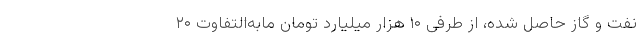
نفت و گاز حاصل شده، از طرفی ۱۰ هزار میلیارد تومان مابه‌التفاوت ۲۰